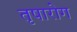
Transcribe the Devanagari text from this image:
तृषारोग